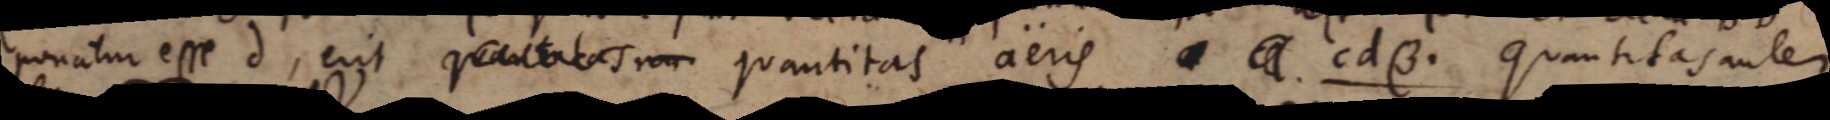
ponatur esse d, erit quantitas nu quantitas aeris cdβ. Quantitas autem